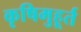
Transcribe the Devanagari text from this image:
कृषिमुहूर्त